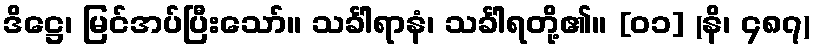
ဒိဋ္ဌေ၊ မြင်အပ်ပြီးသော်။ သင်္ခါရာနံ၊ သင်္ခါရတို့၏။ [၀၁] (နိ၊ ၄၈၇)